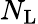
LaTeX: N_{\mathrm{L}}